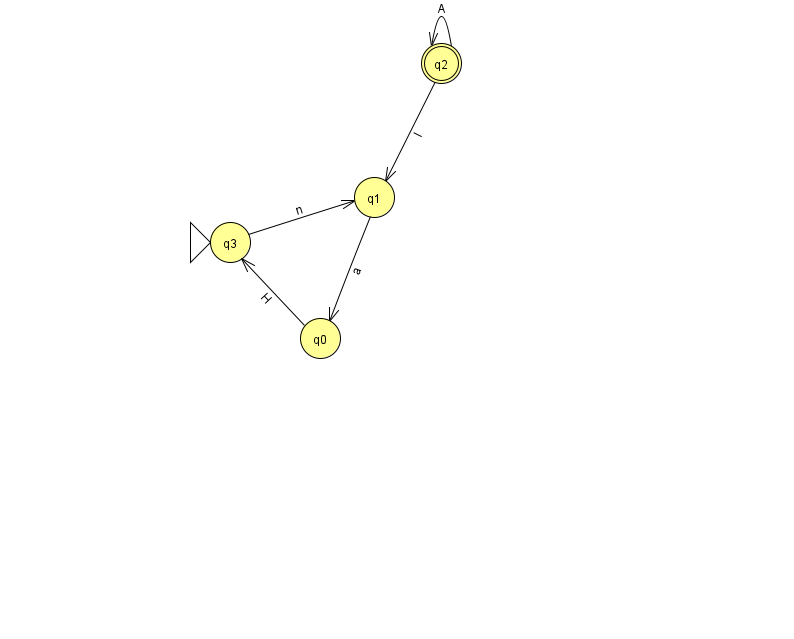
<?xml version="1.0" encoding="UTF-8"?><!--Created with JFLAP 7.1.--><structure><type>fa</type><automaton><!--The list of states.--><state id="0" name="q0"><x>320.0</x><y>325.0</y></state><state id="1" name="q1"><x>374.0</x><y>184.0</y></state><state id="2" name="q2"><x>441.0</x><y>50.0</y><final/></state><state id="3" name="q3"><x>230.0</x><y>229.0</y><initial/></state><!--The list of transitions.--><transition><from>1</from><to>0</to><read>a</read></transition><transition><from>0</from><to>3</to><read>H</read></transition><transition><from>2</from><to>2</to><read>A</read></transition><transition><from>2</from><to>1</to><read>I</read></transition><transition><from>3</from><to>1</to><read>n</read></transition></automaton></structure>